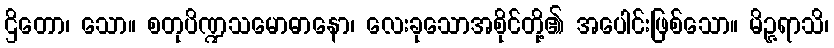
ဌိတော၊ သော။ စတုပိဏ္ဍသမောဓာနော၊ လေးခုသောအစိုင်တို့၏ အပေါင်းဖြစ်သော။ မိဉ္ဇရာသိ၊